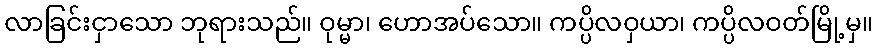
လာခြင်းငှာသော ဘုရားသည်။ ဝုမ္မာ၊ ဟောအပ်သော။ ကပ္ပိလဝှယာ၊ ကပ္ပိလဝတ်မြို့မှ။